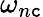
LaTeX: \omega_{n\mathtt{c}}